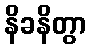
နိခနိတွာ